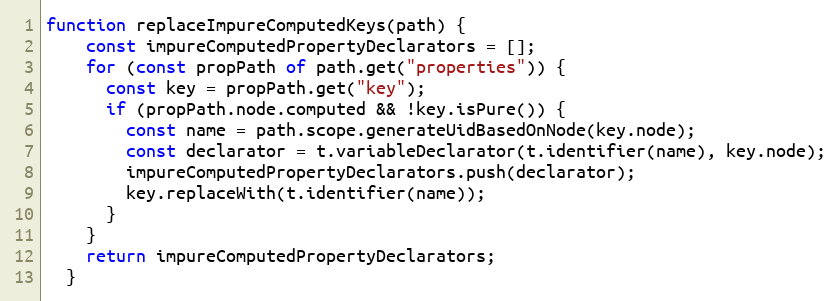
Language: JavaScript
function replaceImpureComputedKeys(path) {
    const impureComputedPropertyDeclarators = [];
    for (const propPath of path.get("properties")) {
      const key = propPath.get("key");
      if (propPath.node.computed && !key.isPure()) {
        const name = path.scope.generateUidBasedOnNode(key.node);
        const declarator = t.variableDeclarator(t.identifier(name), key.node);
        impureComputedPropertyDeclarators.push(declarator);
        key.replaceWith(t.identifier(name));
      }
    }
    return impureComputedPropertyDeclarators;
  }